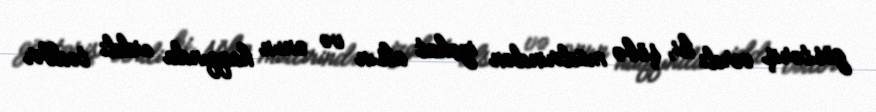
göstəriş verdi ki, şöbə müdirindən izahat alsın və onun haqqında ciddi tədbir